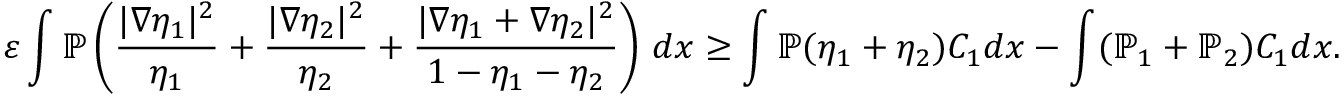
\varepsilon \int \mathbb { P } \left( \frac { | \nabla \eta _ { 1 } | ^ { 2 } } { \eta _ { 1 } } + \frac { | \nabla \eta _ { 2 } | ^ { 2 } } { \eta _ { 2 } } + \frac { | \nabla \eta _ { 1 } + \nabla \eta _ { 2 } | ^ { 2 } } { 1 - \eta _ { 1 } - \eta _ { 2 } } \right) \, d x \geq \int \mathbb { P } ( \eta _ { 1 } + \eta _ { 2 } ) C _ { 1 } d x - \int ( \mathbb { P } _ { 1 } + \mathbb { P } _ { 2 } ) C _ { 1 } d x .